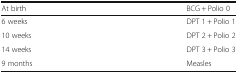
<table><thead><tr><td><b>At birth</b></td><td><b>BCG + Polio 0</b></td></tr></thead><tbody><tr><td>6 weeks</td><td>DPT 1 + Polio 1</td></tr><tr><td>10 weeks</td><td>DPT 2 + Polio 2</td></tr><tr><td>14 weeks</td><td>DPT 3 + Polio 3</td></tr><tr><td>9 months</td><td>Measles</td></tr></tbody></table>